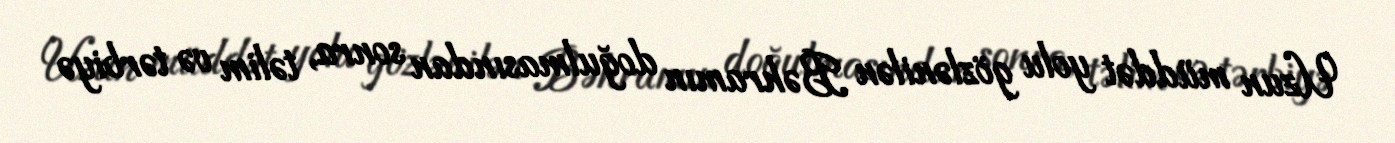
Uzun müddət yolu gözlənilən Bəhramın doğulmasından sonra, təlim və tərbiyə